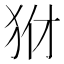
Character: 𤝦